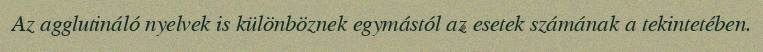
Az agglutináló nyelvek is különböznek egymástól az esetek számának a tekintetében.